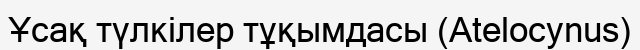
Ұсақ түлкілер тұқымдасы (Atelocynus)